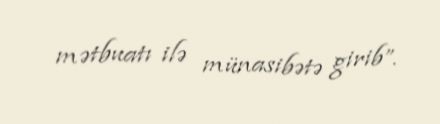
mətbuatı ilə münasibətə girib”.